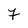
Character: 7